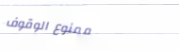
ممنوع الوقوف